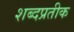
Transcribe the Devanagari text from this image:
शब्दप्रतीक